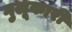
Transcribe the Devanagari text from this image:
गुलूकारी